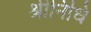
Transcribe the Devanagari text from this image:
श्रीनिधि